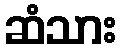
ဆံသား